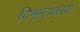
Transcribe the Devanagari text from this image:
विश्वनाथस्य